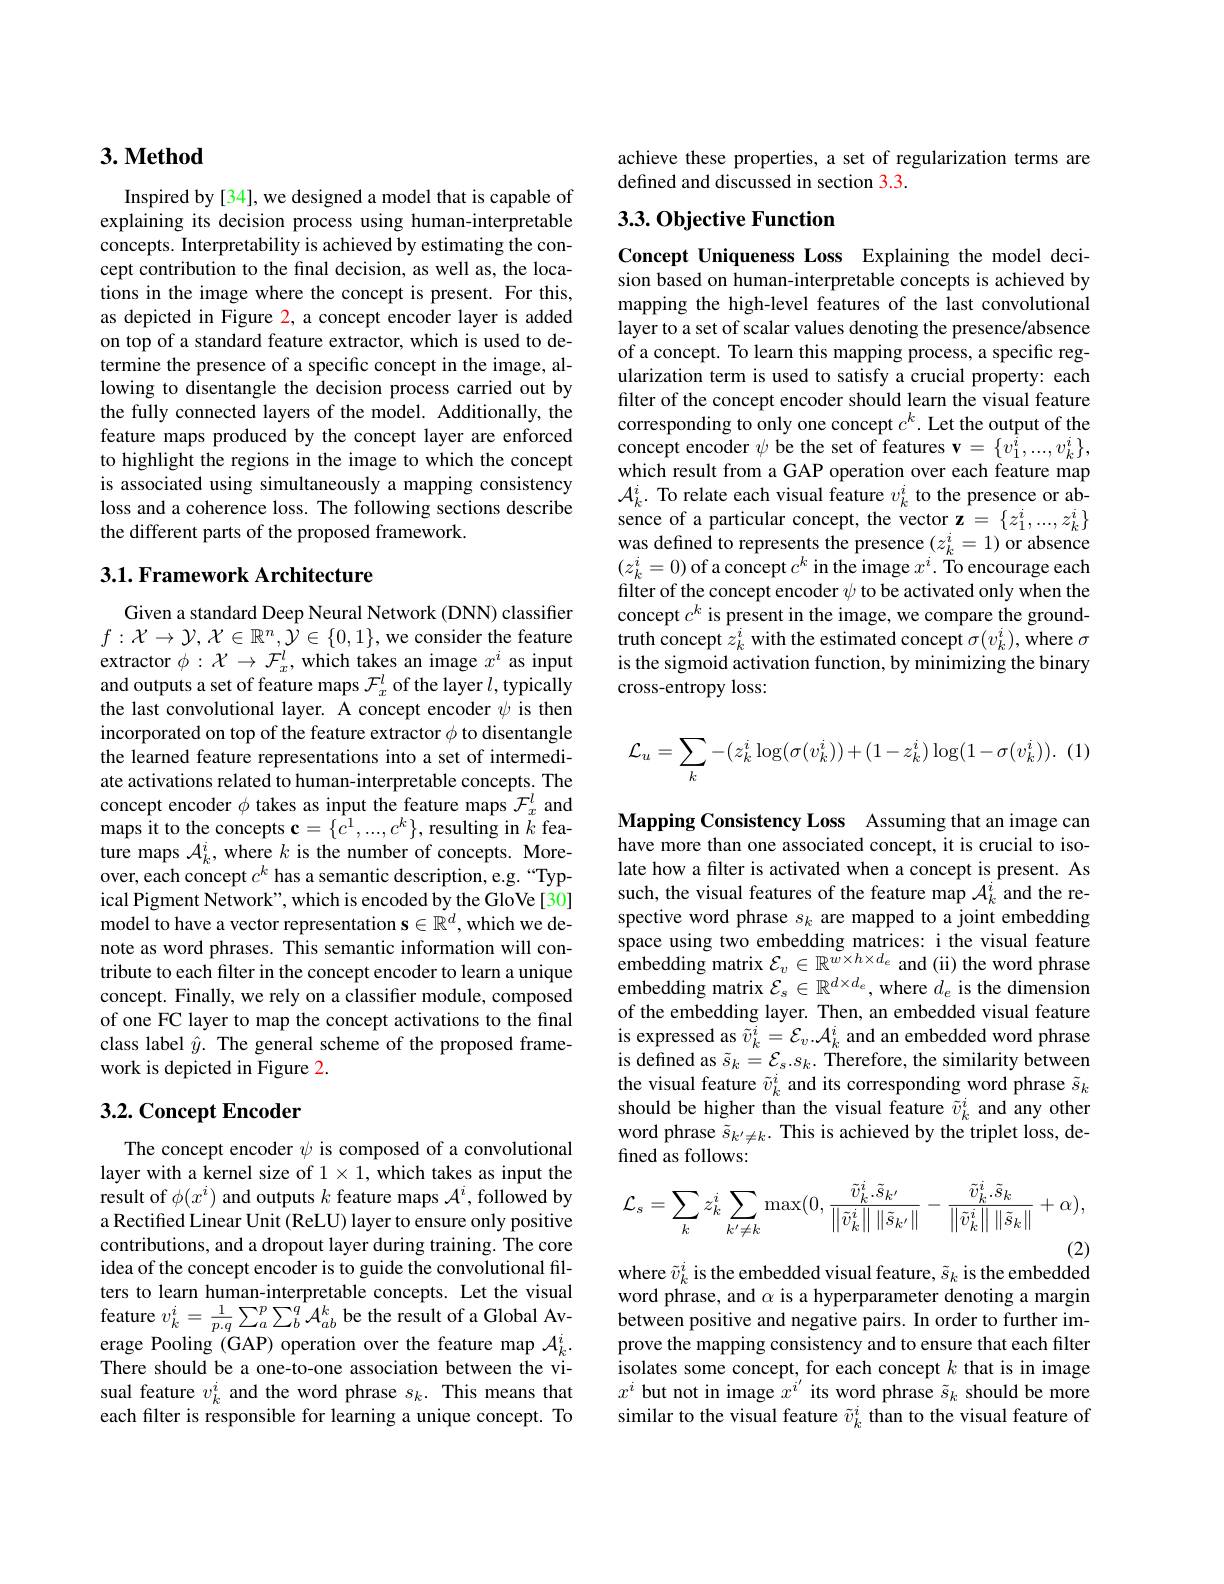
## $3. \textbf{Method}$

Inspired by [34], we designed a model that is capable of explaining its decision process using human-interpretable concepts. Interpretability is achieved by estimating the concept contribution to the final decision, as well as, the locations in the image where the concept is present. For this, as depicted in Figure 2, a concept encoder layer is added on top of a standard feature extractor, which is used to determine the presence of a specific concept in the image, allowing to disentangle the decision process carried out by the fully connected layers of the model. Additionally, the feature maps produced by the concept layer are enforced to highlight the regions in the image to which the concept is associated using simultaneously a mapping consistency loss and a coherence loss. The following sections describe the different parts of the proposed framework.

### 3.1. Framework Architecture

Given a standard Deep Neural Network (DNN) classifier $f:\mathcal{X}\to\mathcal{Y},\mathcal{X}\in\mathbb{R}^{n},\mathcal{Y}\in\{0,1\}$,we consider the feature extractor $\phi:\mathcal{X}\to\mathcal{F}_x^l$, which takes an image $x^i$ as input and outputs a set of feature maps $\mathcal{F}_x^l$ of the layer $l$,typically the last convolutional layer. A concept encoder $\psi$ is then incorporated on top of the feature extractor $\phi$ to disentangle the learned feature representations into a set of intermediate activations related to human-interpretable concepts. The concept encoder $\phi$ takes as input the feature maps $\mathcal{F}_x^l$ and maps it to the concepts $\mathbf{c}=\{\hat{c}^{1},...,c^{k}\}$, resulting in $k$ feature maps $\mathcal{A}_k^i$, where $k$ is the number of concepts. Moreover, each concept $c^k$ has a semantic description, e.g.“Typical Pigment Network", which is encoded by the GloVe [30] model to have a vector representation $\mathbf{s}\in\mathbb{R}^d$,which we denote as word phrases. This semantic information will contribute to each filter in the concept encoder to learn a unique concept. Finally, we rely on a classifier module, composed of one FC layer to map the concept activations to the final class label $\hat{y}.$ The general scheme of the proposed framework is depicted in Figure 2.

## 3.2. Concept Encoder

The concept encoder $\psi$ is composed of a convolutional layer with a kernel size of $1\times1$, which takes as input the result of $\phi(x^i)$ and outputs $k$ feature maps $\mathcal A^i$, followed by a Rectified Linear Unit (ReLU) layer to ensure only positive contributions, and a dropout layer during training. The core idea of the concept encoder is to guide the convolutional filters to learn human-interpretable concepts. Let the visual feature $v_k^i=\frac{1}{p.q}\sum_{a}^{p}\sum_{b}^{q}{\mathcal A}_{ab}^{k}$ be the result of a Global Average Pooling (GAP) operation over the feature map $\mathcal{A}_k^i.$ There should be a one-to-one association between the visual feature $v_k^i$ and the word phrase $s_k.$ This means that each filter is responsible for learning a unique concept. To

achieve these properties, a set of regularization terms are
defined and discussed in section 3.3.

## 3.3. Objective Function

Concept Uniqueness Loss Explaining the model decision based on human-interpretable concepts is achieved by mapping the high-level features of the last convolutional layer to a set of scalar values denoting the presence/absence of a concept. To learn this mapping process, a specific regularization term is used to satisfy a crucial property: each filter of the concept encoder should learn the visual feature corresponding to only one concept $c^k.$ Let the output of the concept encoder $\psi$ be the set of features v$=\{v_1^{\hat i},...,v_k^{i}\}$, which result from a GAP operation over each feature map $\mathcal{A}_k^i.$ To relate each visual feature $v_k^i$ to the presence or absence of a particular concept, the vector $\mathbf{z}=\{z_1^i,...,z_k^i\}$ was defined to represents the presence $(z_k^i=1)$ or absence $(z_k^i=0)$ of a concept $c^k$ in the image $x^i.$ To encourage each filter of the concept encoder $\psi$ to be activated only when the concept $c^k$ is present in the image, we compare the groundtruth concept $z_k^i$ with the estimated concept $\sigma(v_k^i)$, where $\sigma$ is the sigmoid activation function, by minimizing the binary cross-entropy loss:
$$\mathcal{L}_u=\sum_k-(z_k^i\log(\sigma(v_k^i))+(1-z_k^i)\log(1-\sigma(v_k^i)).\:(1$$
Mapping Consistency Loss Assuming that an image can have more than one associated concept, it is crucial to isolate how a filter is activated when a concept is present. As such, the visual features of the feature map $\mathcal{A}_k^i$ and the respective word phrase $s_k$ are mapped to a joint embedding space using two embedding matrices: i the visual feature embedding matrix $\mathcal{E}_v\in\mathbb{R}^{w\times h\times d_e\text{ and (ii) the word phrase}}$ embedding matrix $\mathcal{E}_s\in\mathbb{R}^{d\times d_e}$, where $d_e$ is the dimension of the embedding layer. Then, an embedded visual feature is expressed as $\tilde{v}_k^i=\mathcal{E}_v.\mathcal{A}_k^i$ and an embedded word phrase is defined as $\tilde{s}_k=\mathcal{E}_s.s_k.$ Therefore, the similarity between the visual feature $\tilde{v}_k^i$ and its corresponding word phrase $\tilde{s}_k$ should be higher than the visual feature $\tilde{v}_k^i$ and any other word phrase $\tilde{s}_{k^{\prime}\neq k}.$ This is achieved by the triplet loss, defined as follows:
$$\mathcal{L}_{s}=\sum_{k}z_{k}^{i}\sum_{k'\neq k}\max(0,\frac{\tilde{v}_{k}^{i}.\tilde{s}_{k'}}{\left\|\tilde{v}_{k}^{i}\right\|\left\|\tilde{s}_{k'}\right\|}-\frac{\tilde{v}_{k}^{i}.\tilde{s}_{k}}{\left\|\tilde{v}_{k}^{i}\right\|\left\|\tilde{s}_{k}\right\|}+\alpha),$$
(2)
where $\tilde{v}_k^i$ is the embedded visual feature, $\tilde{s}_k$ is the embedded

word phrase, and $\alpha$ is a hyperparameter denoting a margin between positive and negative pairs. In order to further improve the mapping consistency and to ensure that each filter isolates some concept, for each concept $k$ that is in image $x^i$ but not in image $\hat{x}^i^{\prime}$ its word phrase $\tilde{s}_k$ should be more similar to the visual feature $\tilde{v}_k^i$ than to the visual feature of